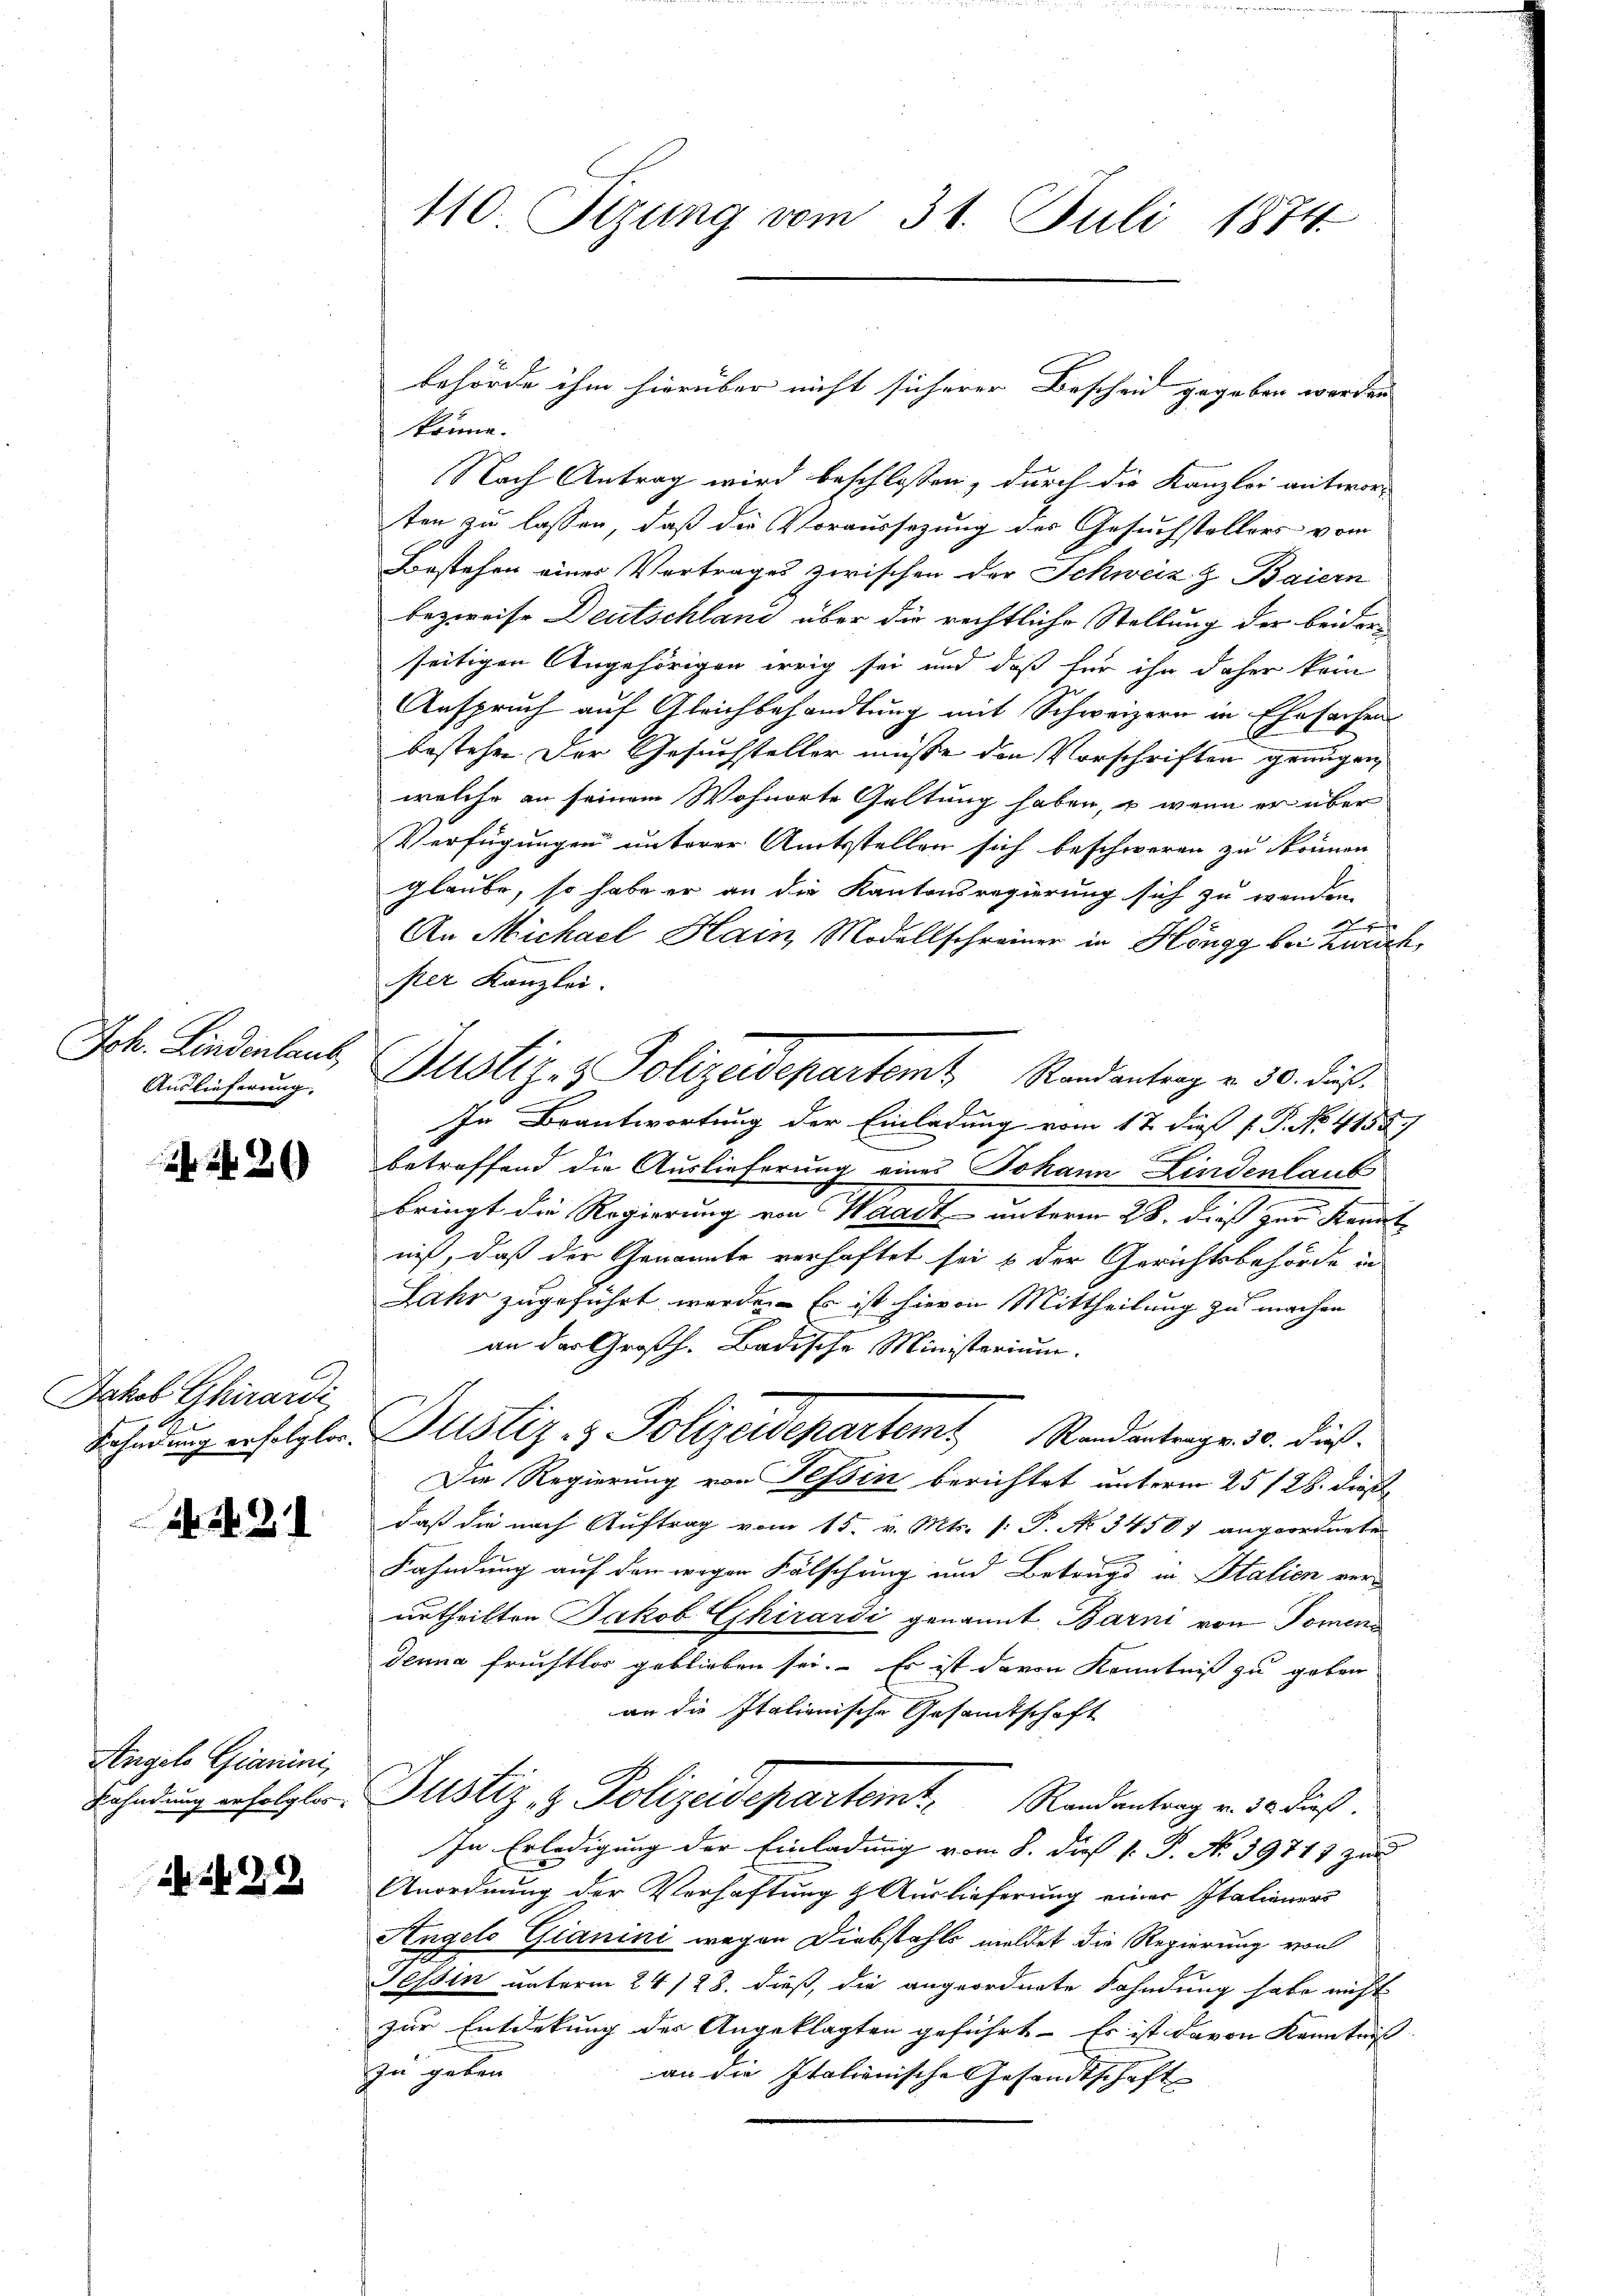
Auslieferung.

242

Jakob Ghirardi,

N. N. Z. 1

Angels Gianini,

228

behörde ihm hierüber nicht sicherer Bescheid gegeben worden
könne.
Nach Antrag wird beschlossen, durch die Kanzlei antwor- |
ten zu lassen, daß die Voraussezung des Gesuchstellers vom
Bestehen eines Vertrages zwischen der Schweiz & Baiern
bezweife Deutschland über die rechtliche Stellung der beiderseitigen Angehörigen weig sei und daß für ihn daher kein
Anspruch auf Gleichbehandlung mit Schweizern in Ehesachen
bestehen der Gesuchsteller müsse die Vorschriften genügen,
welche an seinem Wohnorte Geltung haben, u wenn er über
Verfügungen unterer Amtsstellen sich beschweren zu können
glaube, so habe er an die Kantonsregierung sich zu wenden.

An Michael Hain Modellschreiner in Höngg bei Zürich,
ster Kanzlei.
Ich. Linderlaub, Justiz- & Polizeidepartamt Randantrag v. 30. dieß
In Beantwortung der Einladung vom 17. dieß P. P. No. 4158.
A
betroffend die Auslieferung eines Johann Lindenlaub
.
bringt die Regierung von Waadt unterm 28. dieß zur Kennt
nis, daß der Genannte verhaftet sei & der Gerichtsbehörde in
Jahr zugeführt werde. Es ist hievon Mittheilung zu machen
an der Großh. Badische Ministerium.
Fahndung erfolgter Justiz- & Polizeidepartem Randantrage 10. dieß.
Die Regierung von Tessin berichtet unterm 25. 128. dieß
daß die nach Auftrag vom 15. v. Mts. [: P. No 34507 angeordnete
Fahndung auf den wegen Fälschung und Betrugs in Italien ver-
urtheilten Jakob Ghirardi genannt Barni von Tomen
dena Fruchtlos geblieben sei. Es ist davon Kenntniß zu geben
an die Italienische Gesandtschaft
Bahndung erfolgter Justiz- & Polizeidepartemt, Randantrag v. 30. Fuß.
In Erledigung der Einladung vom 8. die 1. P. N. 39711 zu
Anordnung der Verhaftung & Auslieferung einer Italieners
Angelo Gianini wegen Diebstahls meldet die Regierung von
Tessin unterm 24/128. dieß, die angeordnete Fahndung habe nicht
zur Entdekung des Angeklagten geführt – Es ist davon Kenntniß
zu geben.
an die Italienische Gesandtschaft

110. Sizung vom 31. Juli 1874.